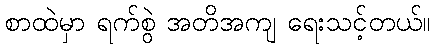
စာထဲမှာ ရက်စွဲ အတိအကျ ရေးသင့်တယ်။